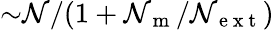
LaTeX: {\sim}\mathcal{N}/(1+\mathcal{N}_{\mathrm{{~m~}}}/\mathcal{N}_{\mathrm{{~e~x~t~}}})